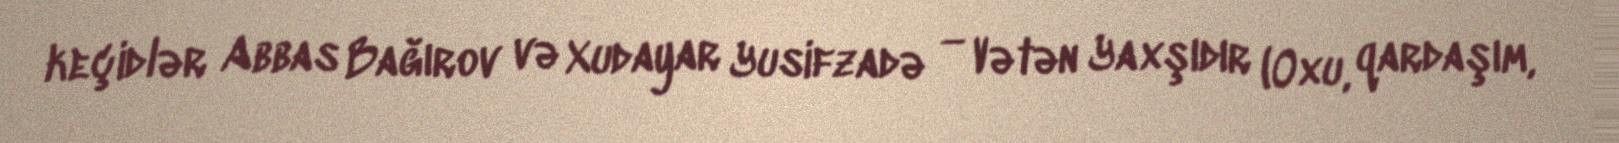
keçidlər Abbas Bağırov və Xudayar Yusifzadə — Vətən Yaxşıdır (Oxu, qardaşım,